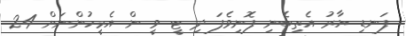
ފަނޑި ޔާރު އެތިބެނި ފޮނިވެފަ ދި ޓީ ވީ ން އެމީހުންނަށް 24